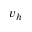
v _ { h }